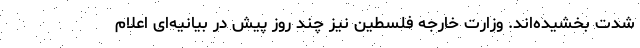
شدت بخشیده‌اند. وزارت خارجه فلسطین نیز چند روز پیش در بیانیه‌ای اعلام